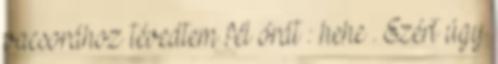
vacsorához tévedtem fél órát : hehe . Ezért úgy